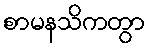
စာမနသိကတွာ